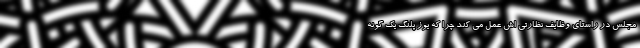
مجلس در راستای وظایف نظارتی اش عمل می کند چرا که یوز پلنگ یک گونه